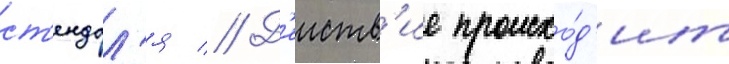
ст'ендал'я // Д'еиств'ие происхо́д'ит